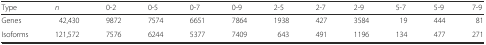
| Type | n | 0-2 | 0-5 | 0-7 | 0-9 | 2-5 | 2-7 | 2-9 | 5-7 | 5-9 | 7-9 |
 | --- | --- | --- | --- | --- | --- | --- | --- | --- | --- | --- | --- |
 | Genes | 42,430 | 9872 | 7574 | 6651 | 7864 | 1938 | 427 | 3584 | 19 | 444 | 81 |
 | Isoforms | 121,572 | 7576 | 6244 | 5377 | 7409 | 643 | 491 | 1196 | 134 | 477 | 271 |